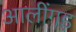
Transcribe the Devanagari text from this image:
आलींगड़